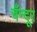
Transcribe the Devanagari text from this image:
चँन्दूर